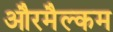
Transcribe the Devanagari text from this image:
औरमैल्कम